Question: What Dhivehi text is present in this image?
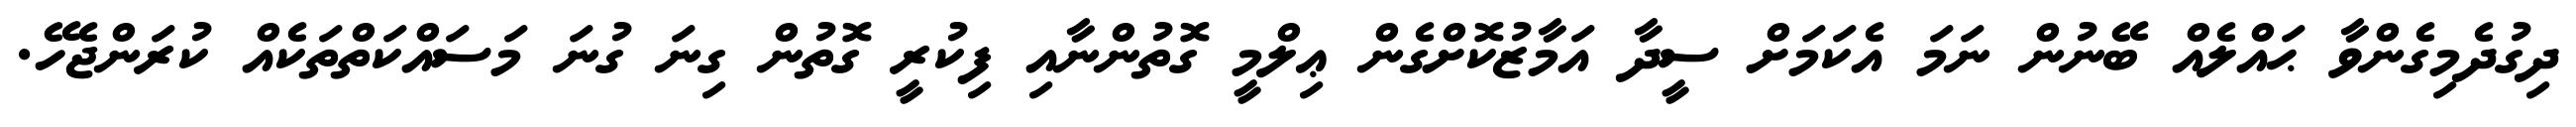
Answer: ދިގުދެމިގެންވާ ޙައްލެއް ބޭނުން ނަމަ އެކަމަށް ސީދާ އަމާޒުކޮށްގެން ޢިލްމީ ގޮތުންނާއި ފިކުރީ ގޮތުން ގިނަ ގުނަ މަސައްކަތްތަކެއް ކުރަންޖެހޭ.